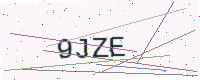
Text: 9JZE